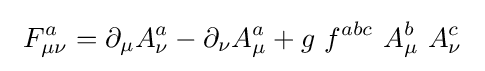
\ F_{\mu \nu }^{a}=\partial _{\mu }A_{\nu }^{a}-\partial _{\nu }A_{\mu }^{a}+g\ f^{abc}\ A_{\mu }^{b}\ A_{\nu }^{c}\